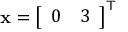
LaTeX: \mathbf { x } = { \left[ \begin{array} { l l } { 0 } & { 3 } \end{array} \right] } ^ { \mathsf { T } }